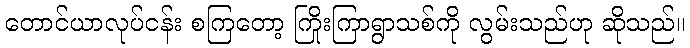
တောင်ယာလုပ်ငန်း စကြတော့ ကြိုးကြာရွာသစ်ကို လွမ်းသည်ဟု ဆိုသည်။